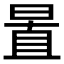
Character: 𣇣